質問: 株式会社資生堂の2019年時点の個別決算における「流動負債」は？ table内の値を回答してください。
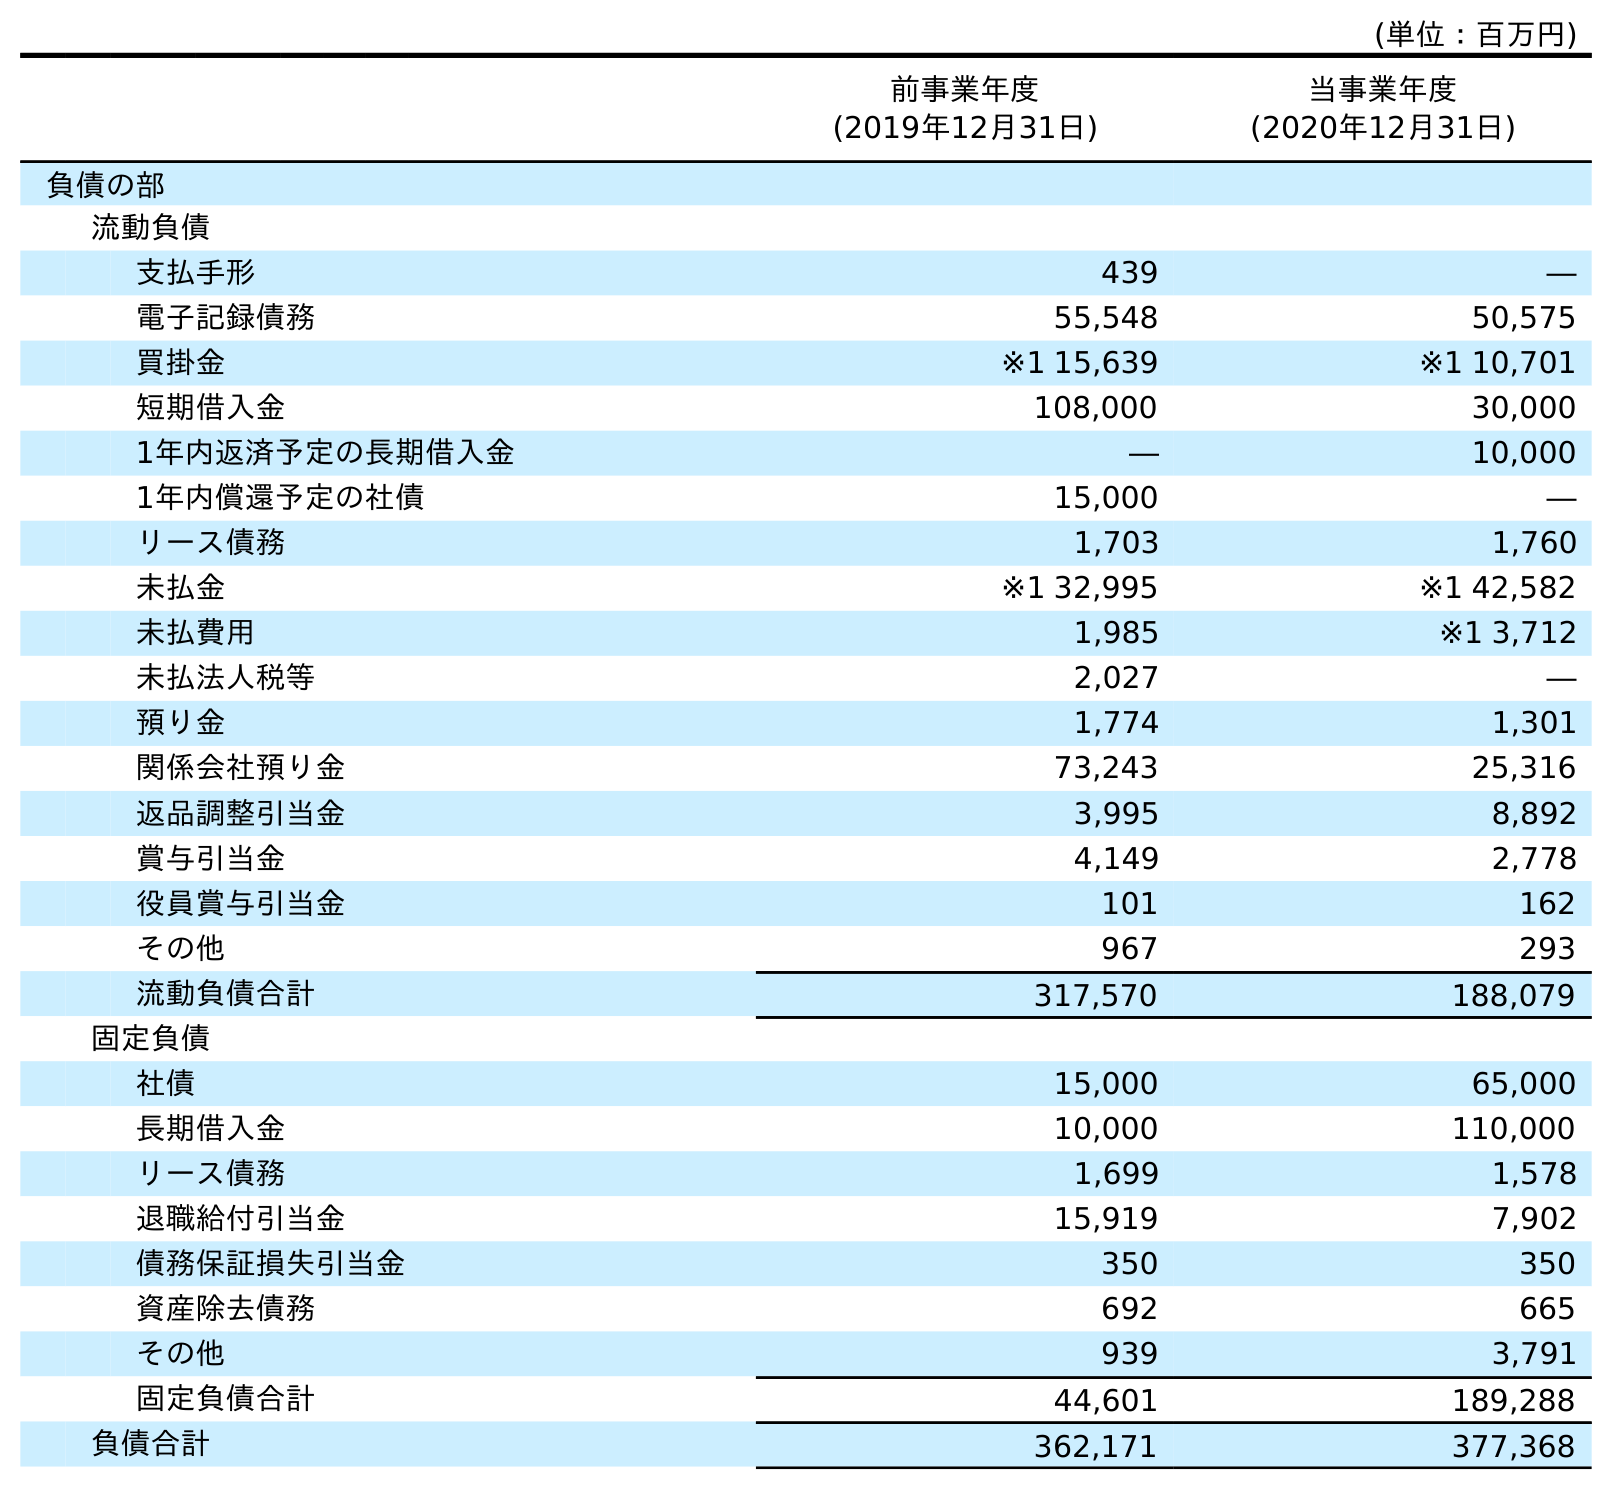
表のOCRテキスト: (単位：百万円) 前事業年度 (2019年12月31日) 当事業年度 (2020年12月31日) 負債の部 流動負債 支払手形 439 ― 電子記録債務 55,548 50,575 買掛金 ※1 15,639 ※1 10,701 短期借入金 108,000 30,000 1年内返済予定の長期借入金 ― 10,000 1年内償還予定の社債 15,000 ― リース債務 1,703 1,760 未払金 ※1 32,995 ※1 42,582 未払費用 1,985 ※1 3,712 未払法人税等 2,027 ― 預り金 1,774 1,301 関係会社預り金 73,243 25,316 返品調整引当金 3,995 8,892 賞与引当金 4,149 2,778 役員賞与引当金 101 162 その他 967 293 流動負債合計 317,570 188,079 固定負債 社債 15,000 65,000 長期借入金 10,000 110,000 リース債務 1,699 1,578 退職給付引当金 15,919 7,902 債務保証損失引当金 350 350 資産除去債務 692 665 その他 939 3,791 固定負債合計 44,601 189,288 負債合計 362,171 377,368
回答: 317,570